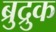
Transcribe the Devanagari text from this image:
ब्रुद्रुक